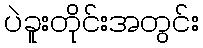
ပဲခူးတိုင်းအတွင်း